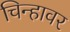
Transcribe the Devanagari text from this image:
चिन्हावर